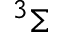
^ 3 \Sigma